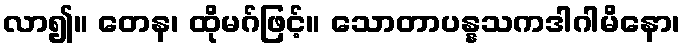
လာ၍။ တေန၊ ထိုမဂ်ဖြင့်။ သောတာပန္နသကဒါဂါမိနော၊